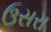
ઉસરા